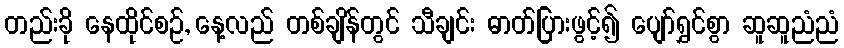
တည်းခို နေထိုင်စဉ်, နေ့လည် တစ်ချိန်တွင် သီချင်း ဓာတ်ပြားဖွင့်၍ ပျော်ရွှင်စွာ ဆူဆူညံညံ